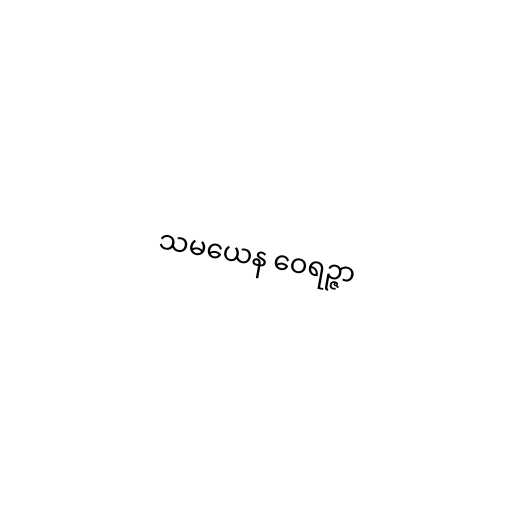
သမယေန ဝေရဉ္ဇာ